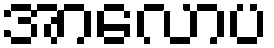
အာလောပ